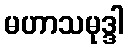
မဟာသမုဒ္ဒါ